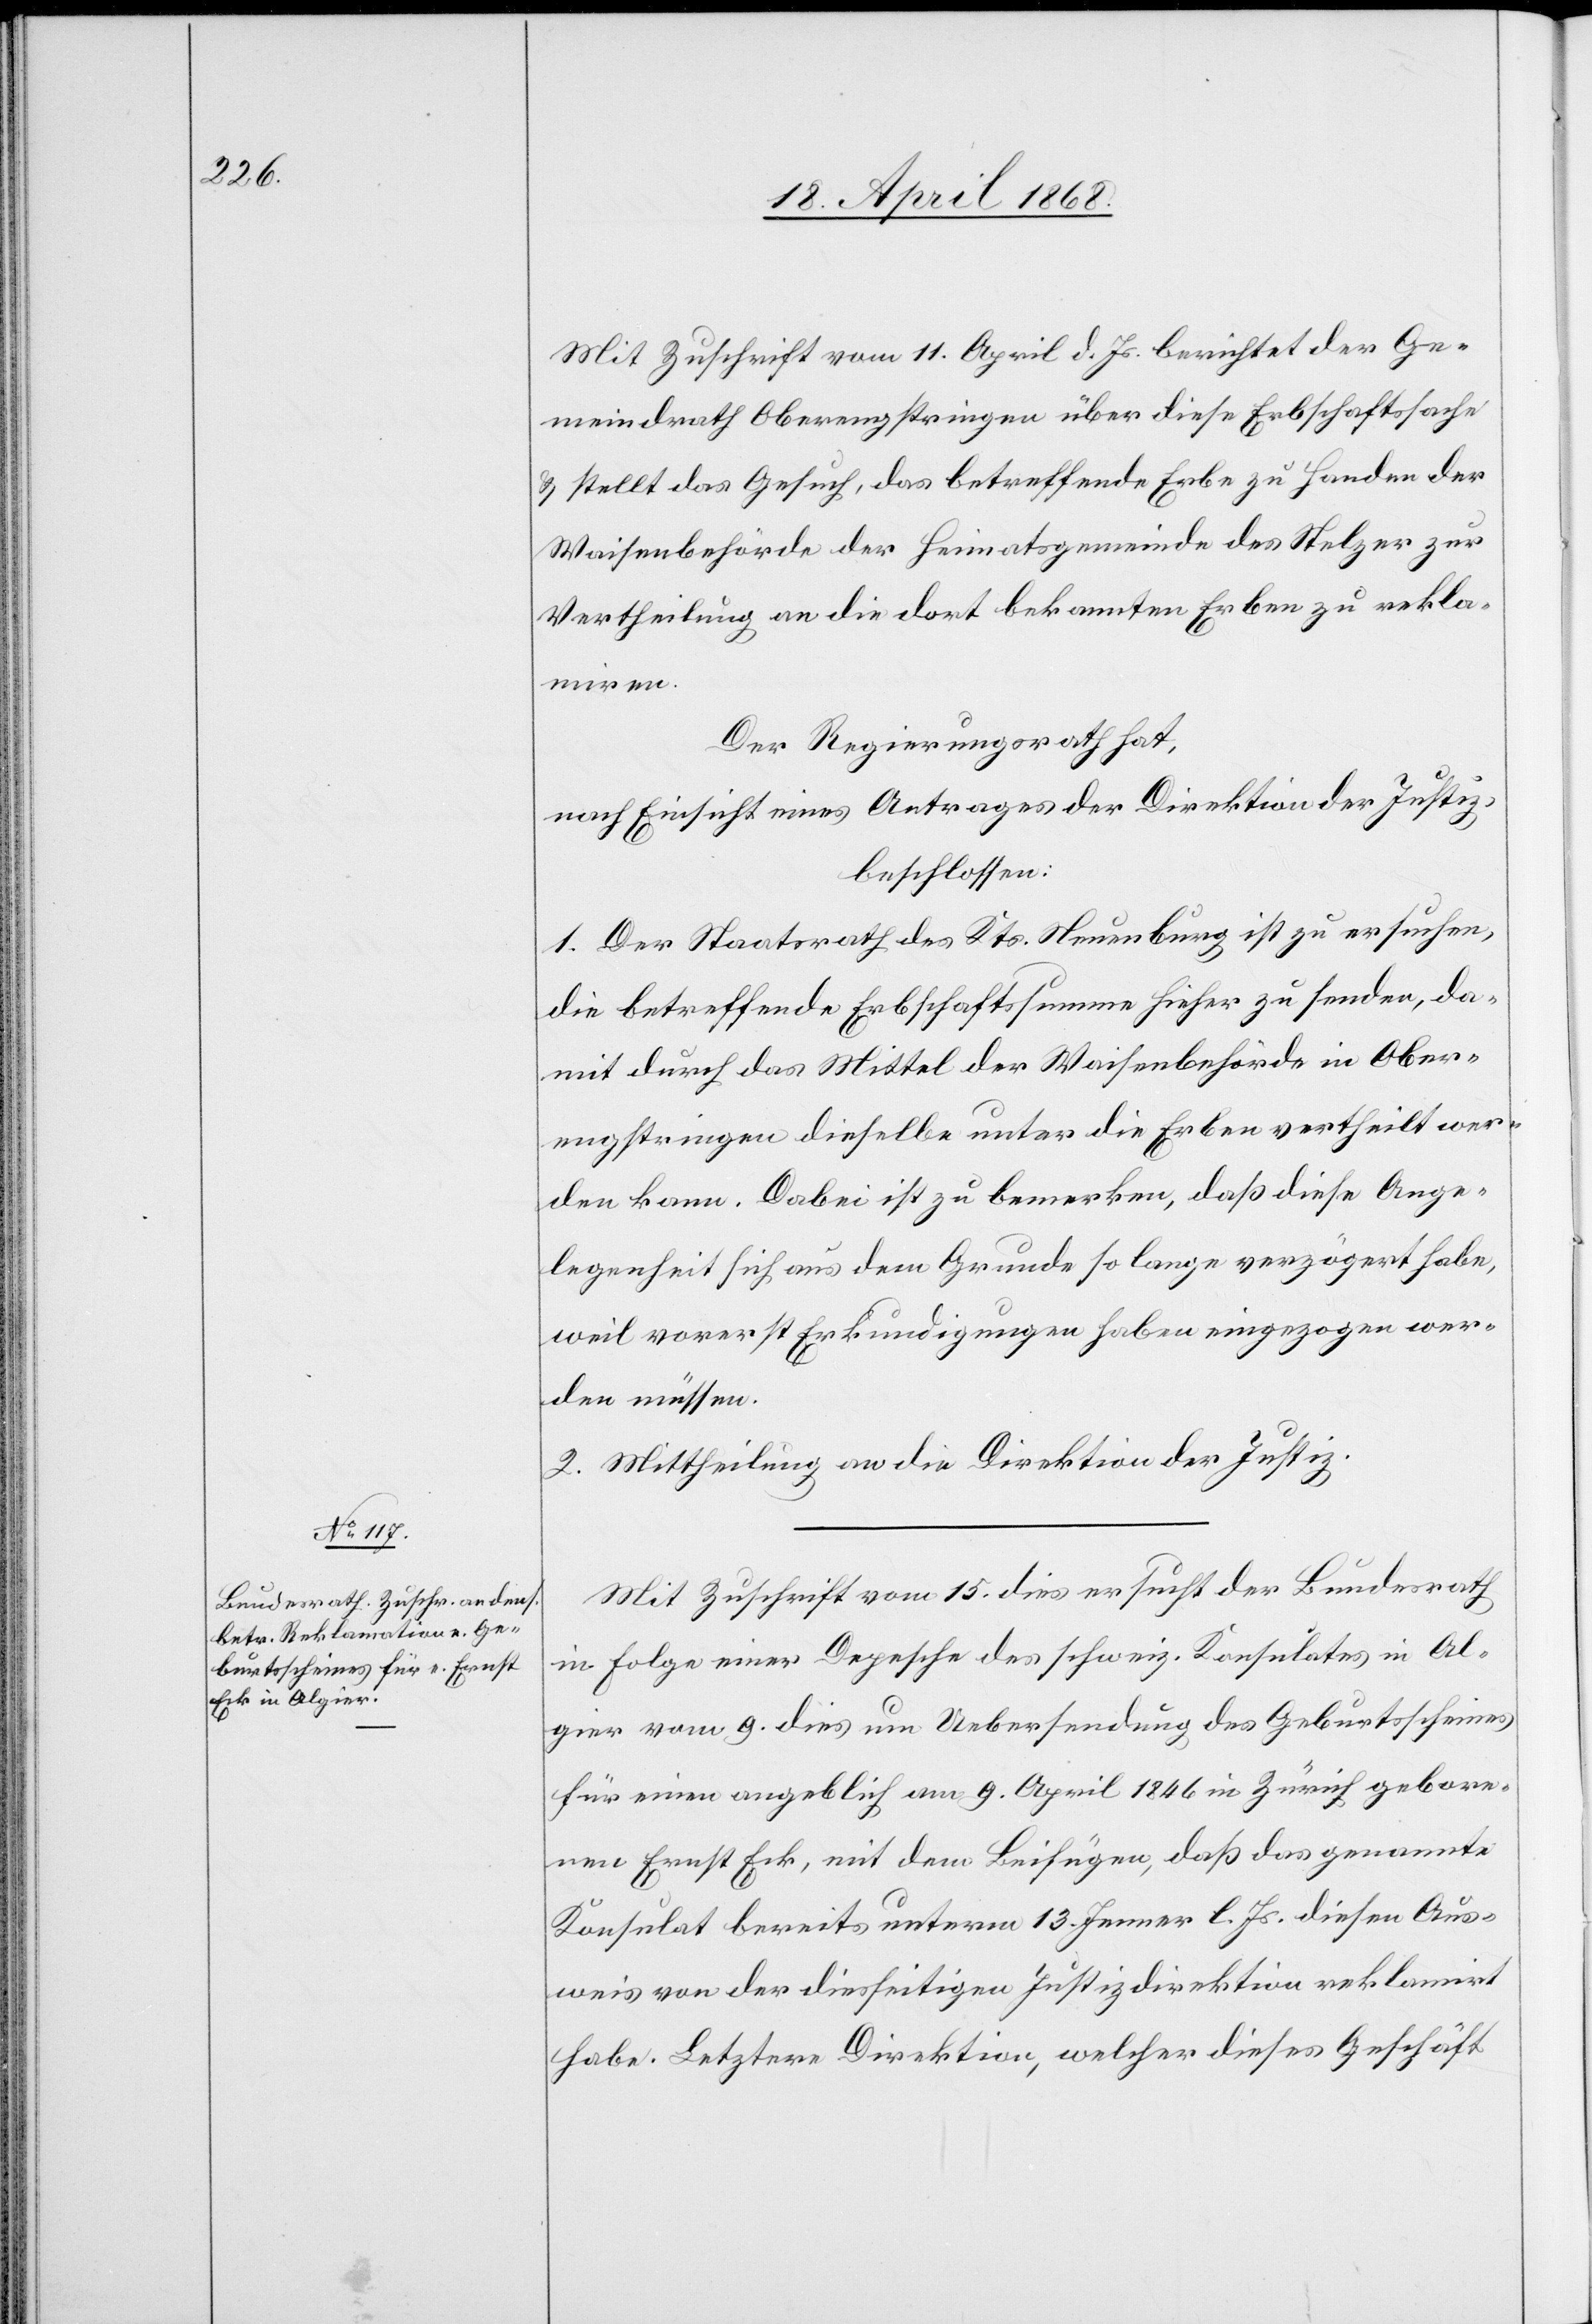
Mit Zuschrift vom 11. April d. Js. berichtet der Ge¬
meindrath Oberengstringen über diese Erbschaftssache
& stellt das Gesuch, das betreffende Erbe zu Handen der
Waisenbehörde der Heimatsgemeinde des Stelzer zur
Vertheilung an die dort bekannten Erben zu rekla¬
miren.
Der Regierungsrath hat,
nach Einsicht eines Antrages der Direktion der Justiz,
beschlossen:
1. Der Staatsrath des Kts. Neuenburg ist zu ersuchen,
die betreffende Erbschaftssumme hieher zu senden, da¬
mit durch das Mittel der Waisenbehörde in Ober¬
engstringen dieselbe unter die Erben vertheilt wer¬
den kann. Dabei ist zu bemerken, daß diese Ange¬
legenheit sich aus dem Grunde so lange verzögert habe,
weil vorerst Erkundigungen haben eingezogen wer¬
den müssen.
2. Mittheilung an die Direktion der Justiz.
Mit Zuschrift vom 15. dies ersucht der Bundesrath
in Folge einer Depesche des schweiz. Konsulates in Al¬
gier vom 9. dies um Uebersendung des Geburtsscheines
für einen angeblich am 9. April 1846 in Zürich gebore¬
nen Ernst Eck, mit dem Beifügen, daß das genannte
Konsulat bereits unterm 13. Jenner l. Js. diesen Aus¬
weis von der diesseitigen Justizdirektion reklamirt
habe. Letztere Direktion, welcher dieses Geschäft